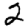
Digit: 2